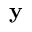
\mathbf { y }